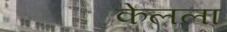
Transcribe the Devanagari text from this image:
केलला